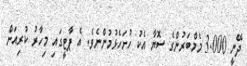
ދޭނީ 3